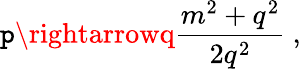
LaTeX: \mathtt{p}\rightarrowq\frac{{m^{2}+q^{2}}}{{2q^{2}}}~,